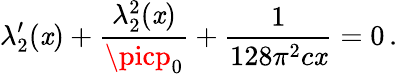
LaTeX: \lambda_{2}^{\prime}(\mathit{x})+\frac{{\lambda_{2}^{2}(\mathit{x})}}{{\picp_{0}}}+\frac{{1}}{{128\pi^{2}c\mathit{x}}}=0\, .